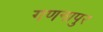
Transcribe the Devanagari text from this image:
गणनापुर